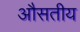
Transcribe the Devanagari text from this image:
औसतीय